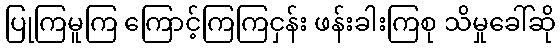
ပြုကြမူကြ ကြောင့်ကြကြငှန်း ဖန်းခါးကြစု သိမှုခေါ်ဆို